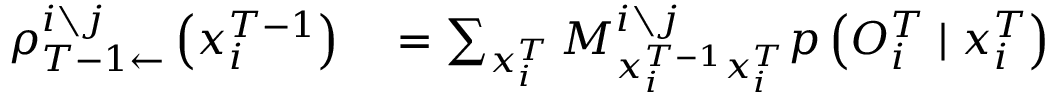
\begin{array} { r l } { \rho _ { T - 1 \leftarrow } ^ { i \setminus j } \left( x _ { i } ^ { T - 1 } \right) } & { { } = \sum _ { x _ { i } ^ { T } } M _ { x _ { i } ^ { T - 1 } x _ { i } ^ { T } } ^ { i \setminus j } p \left( O _ { i } ^ { T } \mid x _ { i } ^ { T } \right) } \end{array}